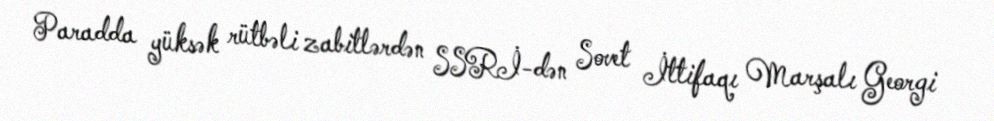
Paradda yüksək rütbəli zabitlərdən SSRİ-dən Sovet İttifaqı Marşalı Georgi